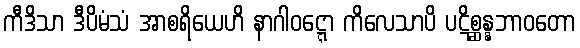
ကီဒိသာ ဒီပိမံသံ အာစရိယေဟိ နာဂါဝဋ္ဋော ကိလေသာပိ ပဋိစ္ဆန္နဘာဝတော